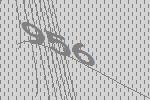
956